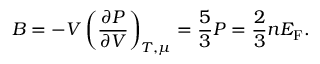
B = - V \left( { \frac { \partial P } { \partial V } } \right) _ { T , \mu } = { \frac { 5 } { 3 } } P = { \frac { 2 } { 3 } } n E _ { \mathrm { { F } } } .